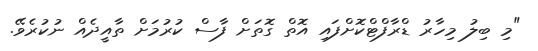
"މި ބިލު މިހާރު ޑްރާފްޓްކޮށްފައި އޮތް ގޮތަށް ފާސް ކުުރުމަށް ތާއީދެއް ނުކުރެވޭ.